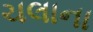
ચલાના